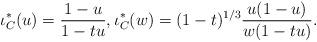
LaTeX: \begin{align*}\iota_C^*(u)&=\frac{1-u}{1-tu}, \iota_C^*(w)=(1-t)^{1/3}\frac{u(1-u)}{w(1-tu)} .\end{align*}